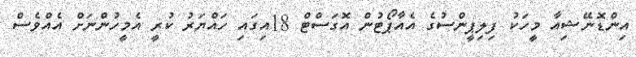
އިންޑޮނޭޝިއާ މީހަކު ފިލިޕީންސުގެ އެއާޕޯޓުން އޮގަސްޓް 18އިގައި ހައްޔަރު ކުރީ އެމީހުންނަށް އެއްވެސް